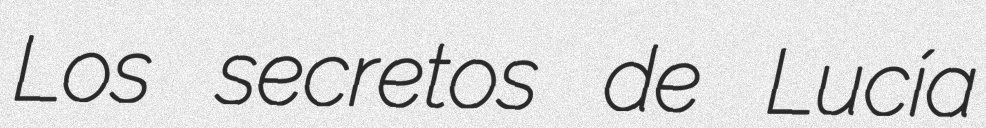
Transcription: Los secretos de Lucía